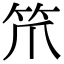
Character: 笊